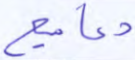
دعاميع